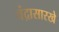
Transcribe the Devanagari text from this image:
चंद्रासारखे